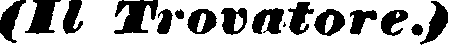
(Il Trovatore.)